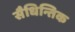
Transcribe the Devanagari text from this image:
सैधिन्तिक